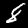
Label: 8